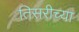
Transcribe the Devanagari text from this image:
तिसरीच्या